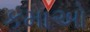
કમાઓ